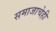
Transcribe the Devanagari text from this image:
समाजाचेही